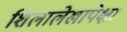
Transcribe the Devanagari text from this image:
शिलालेखांपेक्षा